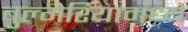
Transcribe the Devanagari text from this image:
बुल्गेरियामध्ये